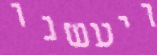
ויעשנו